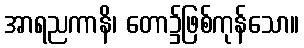
အာရညကာနိ၊ တော၌ဖြစ်ကုန်သော။